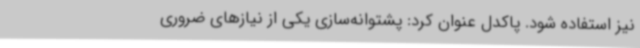
نیز استفاده شود. پاکدل عنوان کرد: پشتوانه‌سازی یکی از نیازهای ضروری